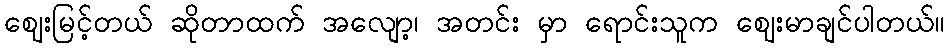
ဈေးမြင့်တယ် ဆိုတာထက် အလျော့၊ အတင်း မှာ ရောင်းသူက ဈေးမာချင်ပါတယ်။